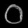
Digit: ၀